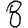
Digit: 8